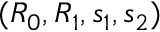
( R _ { 0 } , R _ { 1 } , s _ { 1 } , s _ { 2 } )